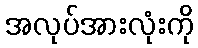
အလုပ်အားလုံးကို